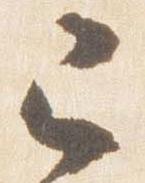
己